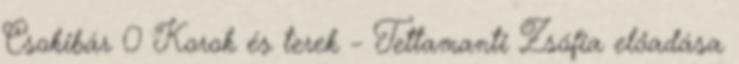
Csokibár 0 Korok és terek – Tettamanti Zsófia előadása